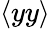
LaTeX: \langle yy\rangle